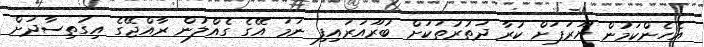
އެހެންކަމުން ޔޫރަޕަށް ކުރާ ދަތުރުތަކަށް ބުރޫއަރައިފި ނަމަ އޭގެ ގެއްލުން ރާއްޖޭގެ އިގުތިސާދަށް